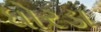
ધોરડા